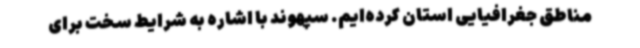
مناطق جغرافیایی استان کرده‌ایم. سپهوند با اشاره به شرایط سخت برای